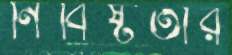
নিবিষ্টতার